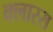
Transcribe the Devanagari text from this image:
क्लारस